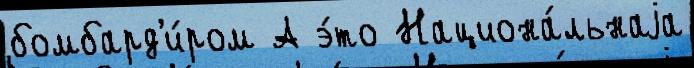
бомбард'и́ром А э́то Национа́льнаjа